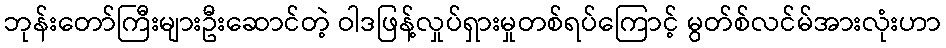
ဘုန်းတော်ကြီးများဦးဆောင်တဲ့ ဝါဒဖြန့်လှုပ်ရှားမှုတစ်ရပ်ကြောင့် မွတ်စ်လင်မ်အားလုံးဟာ